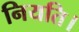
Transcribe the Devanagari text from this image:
नियति।